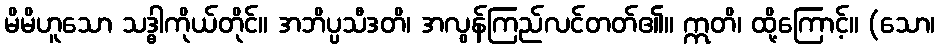
မိမိဟူသော သဒ္ဓါကိုယ်တိုင်။ အဘိပ္ပသီဒတိ၊ အလွန်ကြည်လင်တတ်၏။ ဣတိ၊ ထို့ကြောင့်။ (သော၊